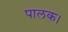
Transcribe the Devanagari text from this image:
पालक।